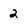
Character: 2